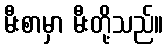
မီးစာမှာ မီးတို့သည်။